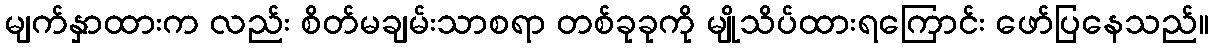
မျက်နှာထားက လည်း စိတ်မချမ်းသာစရာ တစ်ခုခုကို မျိုသိပ်ထားရကြောင်း ဖော်ပြနေသည်။